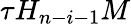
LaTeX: \tau H_{n-i-1}M